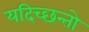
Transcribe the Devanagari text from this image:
यदिच्छन्तो